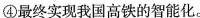
④最终实现我国高铁的智能化。